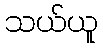
သယ်ယူ